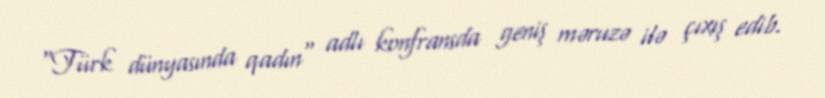
"Türk dünyasında qadın" adlı konfransda geniş məruzə ilə çıxış edib.